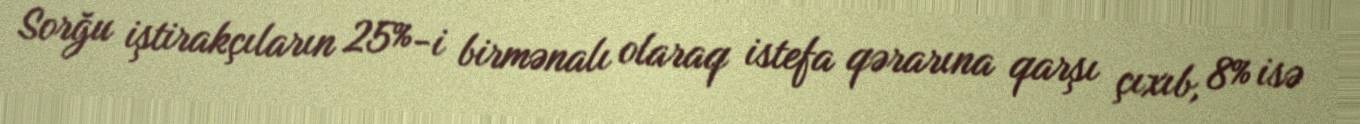
Sorğu iştirakçıların 25%-i birmənalı olaraq istefa qərarına qarşı çıxıb, 8% isə